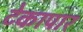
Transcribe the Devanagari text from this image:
टेकापार